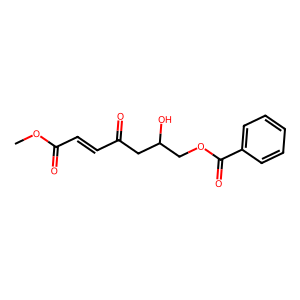
SMILES: COC(=O)C=CC(=O)CC(O)COC(=O)c1ccccc1
Inhibits HIV replication: No